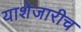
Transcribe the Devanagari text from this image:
याशेजारीच